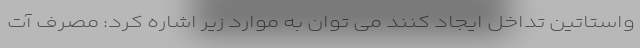
واستاتین تداخل ایجاد کنند می توان به موارد زیر اشاره کرد: مصرف آت